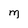
Character: M